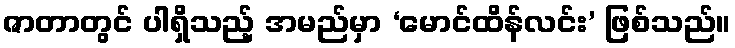
ဇာတာတွင် ပါရှိသည့် အမည်မှာ ‘မောင်ထိန်လင်း’ ဖြစ်သည်။